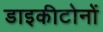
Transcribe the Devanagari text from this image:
डाइकीटोनों